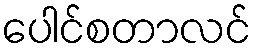
ပေါင်စတာလင်